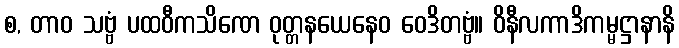
စ, တာဝ သဗ္ဗံ ပထဝီကသိဏေ ဝုတ္တနယေနေဝ ဝေဒိတဗ္ဗံ။ ဝိနီလကာဒိကမ္မဋ္ဌာနာနိ